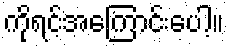
ကိုရင့်အကြောင်းပေါ့။